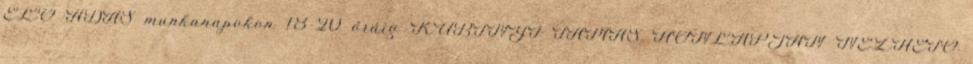
ÉLŐ ADÁS munkanapokon 18-20 óráig KUBÍNYI TAMÁS HONLAPJÁN NÉZHETŐ